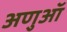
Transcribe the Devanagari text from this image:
अणुऑ